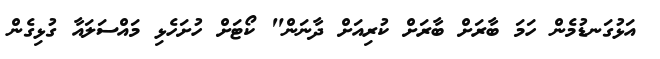
އަޅުގަނޑުމެން ހަމަ ބާރަށް ބާރަށް ކުރިއަށް ދާނަން" ކޯޓަށް ހުށަހެޅި މައްސަލައާ ގުޅިގެން